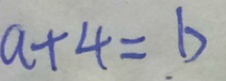
a + 4 = b